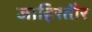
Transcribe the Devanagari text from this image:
जाहिरतौर